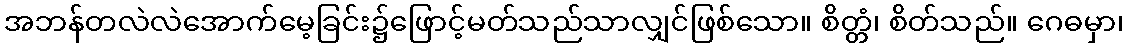
အဘန်တလဲလဲအောက်မေ့ခြင်း၌ဖြောင့်မတ်သည်သာလျှင်ဖြစ်သော။ စိတ္တံ၊ စိတ်သည်။ ဂေဓမှာ၊